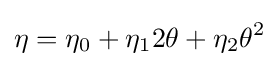
\eta =\eta _{0}+\eta _{1}2\theta +\eta _{2}\theta ^{2}